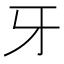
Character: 牙